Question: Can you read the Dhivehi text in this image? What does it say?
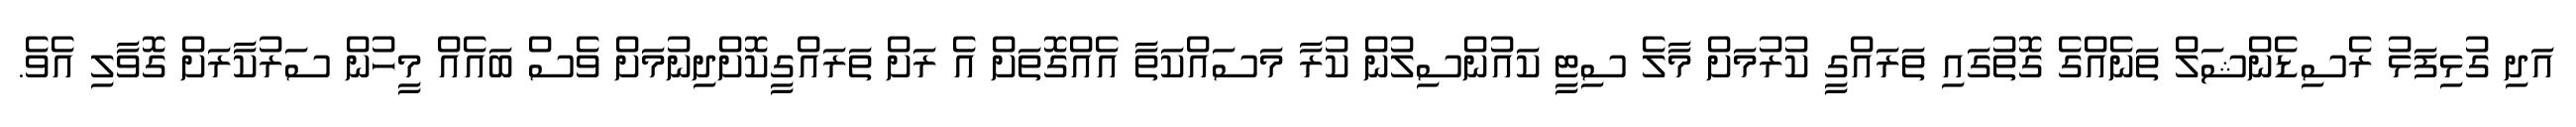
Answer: އަދި ގުޅިފަޅު ރެސިޑެންޝަލް ތަނެއްގެ ގޮތުގައި ތަރައްގީ ކުރުމަށް މާލެ ސިޓީ ކައުންސިލުން ކުރާ މަސައްކަތާ އެއްގޮތަށް އެ ރަށް ތަރައްގީކޮށްދިނުމަށް ވެސް ބައެއް މީހުން ސަރުކާރަށް ގޮވާލި އެވެ.